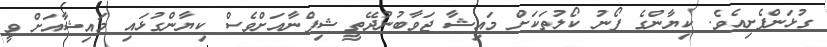
ގުޅަންފެށިއެވެ. ކިޔާންގެ ފޯނު ކޯލުތަކަށް މައިޝާ ޖަވާބުނުދޭތީ ޝިފްނާއަށްވެސް ކިޔާންގުޅައި މައިޝާއަށް ވީ